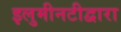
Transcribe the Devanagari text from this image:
इलुमीनटीद्वारा